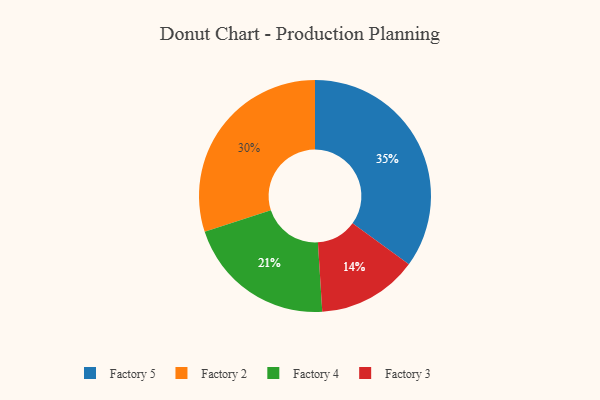
{"axis": {"x": "Category", "y": "Percentage"}, "legend": ["Factory 2", "Factory 3", "Factory 4", "Factory 5"], "data": [{"x": "Factory 2", "y": 30, "type": "Factory 2"}, {"x": "Factory 4", "y": 21, "type": "Factory 4"}, {"x": "Factory 5", "y": 35, "type": "Factory 5"}, {"x": "Factory 3", "y": 14, "type": "Factory 3"}]}